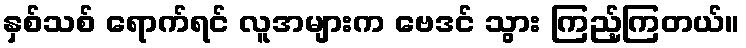
နှစ်သစ် ရောက်ရင် လူအများက ဗေဒင် သွား ကြည့်ကြတယ်။